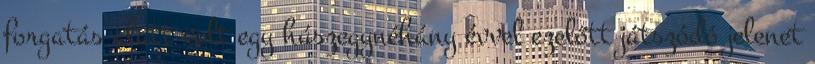
forgatás alatt volt egy húszegynéhány évvel ezelőtt játszódó jelenet